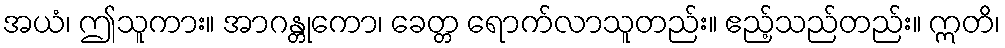
အယံ၊ ဤသူကား။ အာဂန္တုကော၊ ခေတ္တ ရောက်လာသူတည်း။ ဧည့်သည်တည်း။ ဣတိ၊